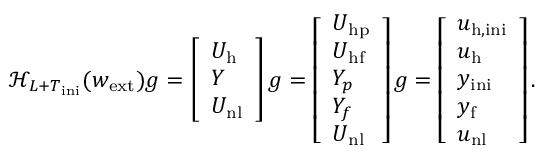
\mathcal { H } _ { L + T _ { \mathrm { i n i } } } ( w _ { \mathrm { e x t } } ) g = \left[ \begin{array} { l } { U _ { \mathrm { h } } } \\ { Y } \\ { U _ { \mathrm { n l } } } \end{array} \right] g = \left[ \begin{array} { l } { U _ { \mathrm { h p } } } \\ { U _ { \mathrm { h f } } } \\ { Y _ { p } } \\ { Y _ { f } } \\ { U _ { \mathrm { n l } } } \end{array} \right] g = \left[ \begin{array} { l } { u _ { \mathrm { h , i n i } } } \\ { u _ { \mathrm { h } } } \\ { y _ { \mathrm { i n i } } } \\ { y _ { \mathrm { f } } } \\ { u _ { \mathrm { n l } } } \end{array} \right] .